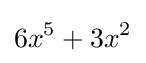
6x^{5}+3x^{2}